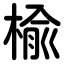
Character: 楡